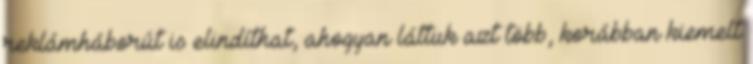
reklámháborút is elindíthat, ahogyan láttuk azt több, korábban kiemelt